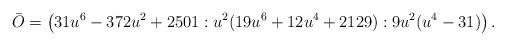
LaTeX: \begin{align*} \bar{O} = \left(31u^6-372u^2+2501 : u^2(19u^6+12u^4+2129) : 9u^2(u^4-31)\right).\end{align*}